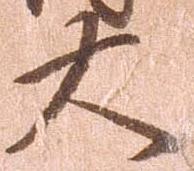
大